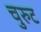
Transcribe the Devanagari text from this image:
चुरुट